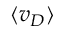
\langle v _ { D } \rangle